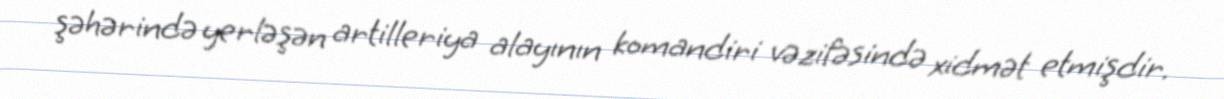
şəhərində yerləşən artilleriya alayının komandiri vəzifəsində xidmət etmişdir.